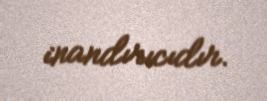
inandırıcıdır.